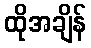
ထိုအချိန်